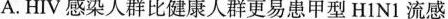
A.HIV感染人群比健康人群更易患甲型H1N1流感